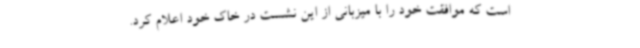
است که موافقت خود را با میزبانی از این نشست در خاک خود اعلام کرد.